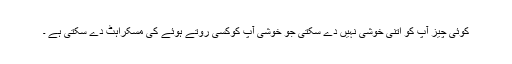
کوئی چیز آپ کو اتنی خوشی نہیں دے سکتی جو خوشی آپ کوکسی روتے ہوئے کی مسکراہٹ دے سکتی ہے ۔